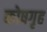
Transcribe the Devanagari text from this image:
कोषगृह